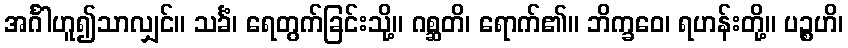
အင်္ဂါဟူ၍သာလျှင်။ သင်္ခံ၊ ရေတွက်ခြင်းသို့။ ဂစ္ဆတိ၊ ရောက်၏။ ဘိက္ခဝေ၊ ရဟန်းတို့။ ပဉ္စဟိ၊